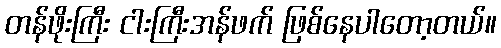
တန်ဖိုးကြီး ငါးကြီးအန်ဖက် ဖြစ်နေပါတော့တယ်။